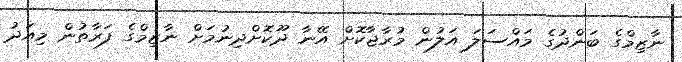
ނާޒިމްގެ ބަންދުގެ މައްސަލަ އަލުން މުރާޖާކޮށް އޭނާ ދޫކޮށްދިނުމަށް ނާޒިމްގެ ފަރާތުން މިއަދު